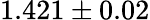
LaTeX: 1.421\pm 0.02